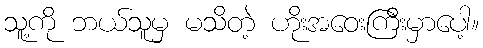
သူ့ကို ဘယ်သူမှ မသိတဲ့ ဟိုးအဝေးကြီးမှာပေါ့။